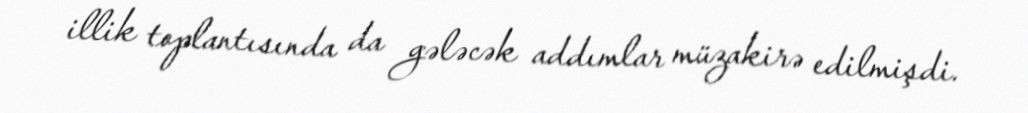
illik toplantısında da gələcək addımlar müzakirə edilmişdi.